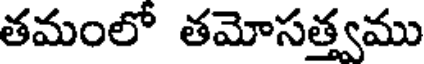
తమంలో తమోసత్త్వము